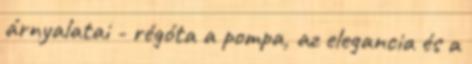
árnyalatai - régóta a pompa, az elegancia és a